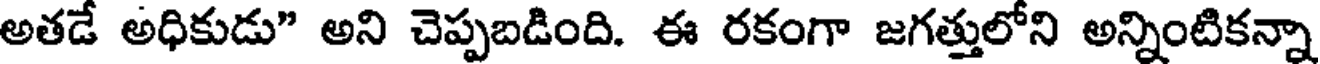
అతడే అధికుడు" అని చెప్పబడింది. ఈ రకంగా జగత్తులోని అన్నింటికన్నా